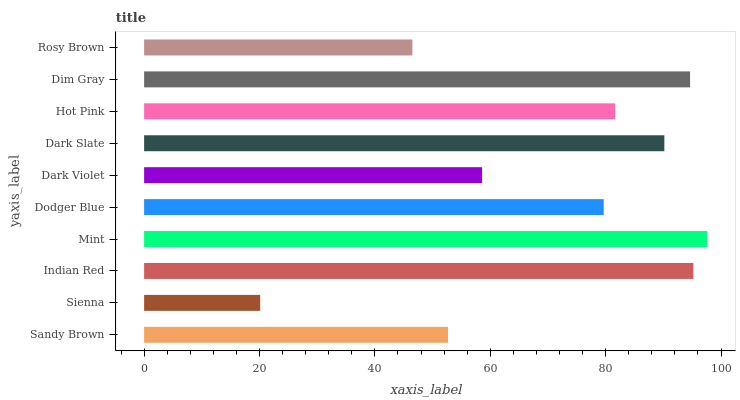
| yaxis_label | bars |
 | --- | --- |
 | Sandy Brown | 52.7 |
 | Sienna | 20.1 |
 | Indian Red | 95.2 |
 | Mint | 97.6 |
 | Dodger Blue | 79.7 |
 | Dark Violet | 58.6 |
 | Dark Slate | 90.2 |
 | Hot Pink | 81.7 |
 | Dim Gray | 94.6 |
 | Rosy Brown | 46.5 |